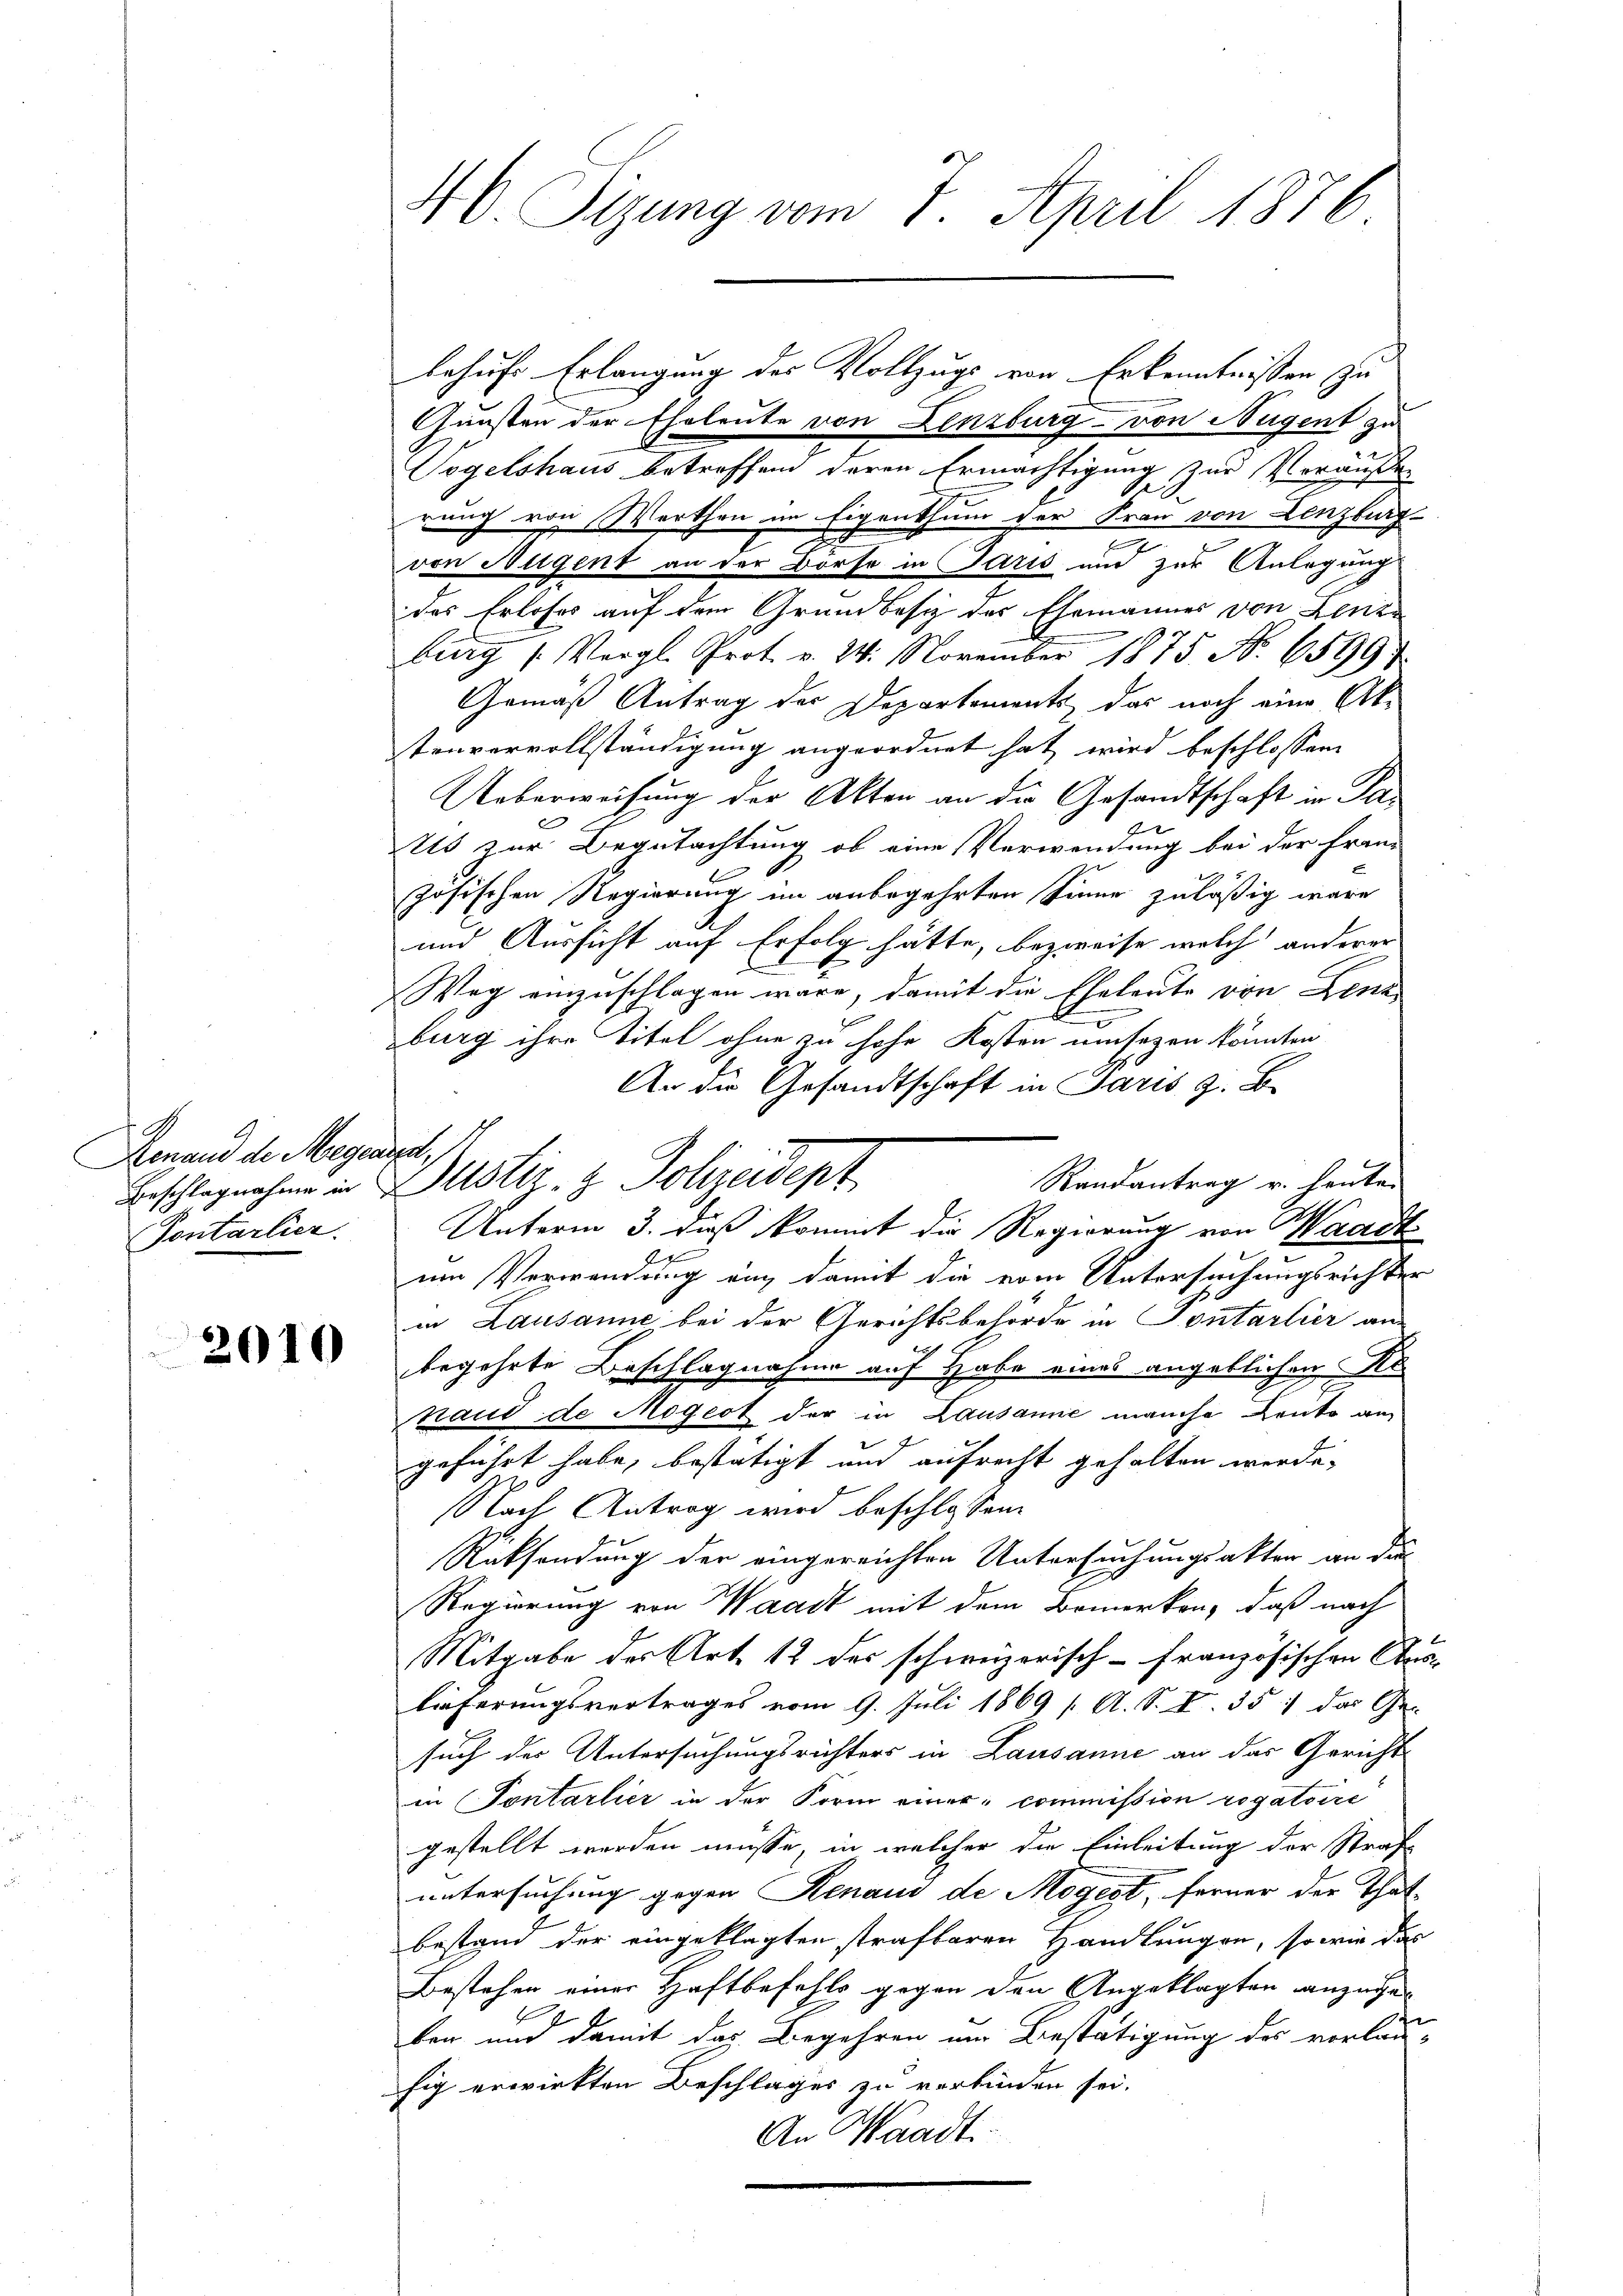
Genand des Magen
Beschlagnahme in
Pontarlier.

2010

46. Sitzung vom 1. April 1876.

Gunsten der Eheleute von Lenzburg - von Nugent zu
Vogelshaus betreffend deren Ermächtigung zur Veräußer
rung von Werthen im Eigenthum der Frau von Lenzburg
von Hugent an der Börse in Paris und zur Anlegung
des Erloses auf dem Grundbesiz des Ehemannes von Lenze
burg (Vergl. Prot. v. 24. November 1875. No. 6599
Gemäß Antrag der Departements das noch eine Abtenvervollständigung angeordnet hat, wird beschlossen
Ueberweisung der Akten an die Gesandtschaft in Pax
Us zur Begutachtung ob eine Verwendung bei der fran-
zösischen Regierung im anbegehrten Sinne zuläßig wäre
und Aussicht auf Erfolg hätte, bezweife welch anderer
Weg einzuschlagen wäre, damit die Eheleute von Fenz
burg ihre Titel ohne zu hohe Kosten umsozen könnten
An die Gesandtschaft in Paris z. B.
et,
Justiz- & Polizeidept
Randantrag u. heuten
Unterm 3. dieß kommt die Regierung von Waadt
um Verwendung auch damit die vom Untersuchungsrichter
in Lausanne bei der Gerichtsbehörde in Pontartier an
begehrte Beschlagnahme auf Habe eines angeblichen Re
Hand de Mögert der in Lausanne manche Denke an
geführt habe, bestätigt und aufrecht gehalten werde.
Nach Antrag wird beschlossen.
Rücksendung der eingereichten Untersuchungsakter an die
Regierung von Waadt mit dem Bemerken, daß nach
Mitgabe der Art. 12 des schweizerisch-französischen Auslieferungsvertrages vom 9. Juli 1869 / A. S. I 357 das Ge-
such der Untersuchungsrichters in Lausanne an das Gericht
in Pontarlier in der Form einer commission rogatoire
gestellt werden müsse, in welcher die Einleitung der Straf-
untersuchung gegen Renaus de Mögest, ferner der Thatbestand der eingeklagten strafbaren Handlungen, so wie das
Bestehen einer Haftbefehls gegen den Angeklagten anzuge
ben und damit das Begehren im Bestätigung des vorlauhig erwirkten Beschlages zu verbinden sei.
An Waadt.

behufs Erlangung des Vollzugs von Erkenntnissen zu